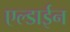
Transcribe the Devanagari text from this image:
एल्डाईन